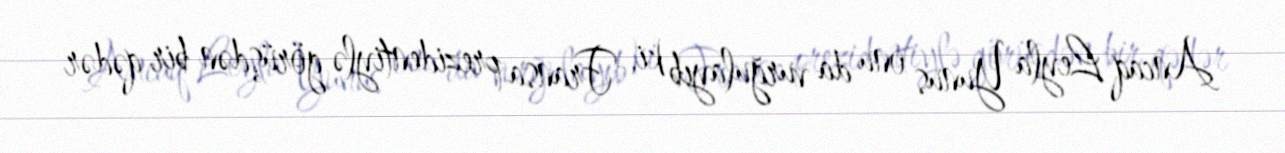
Ancaq Leyla Yunus onu da vurğulayıb ki, Fransa prezidentiylə görüşdən bir qədər